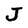
Character: J